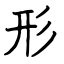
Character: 形